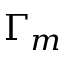
\Gamma _ { m }